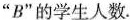
”B”的学生人数。